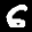
Label: 6